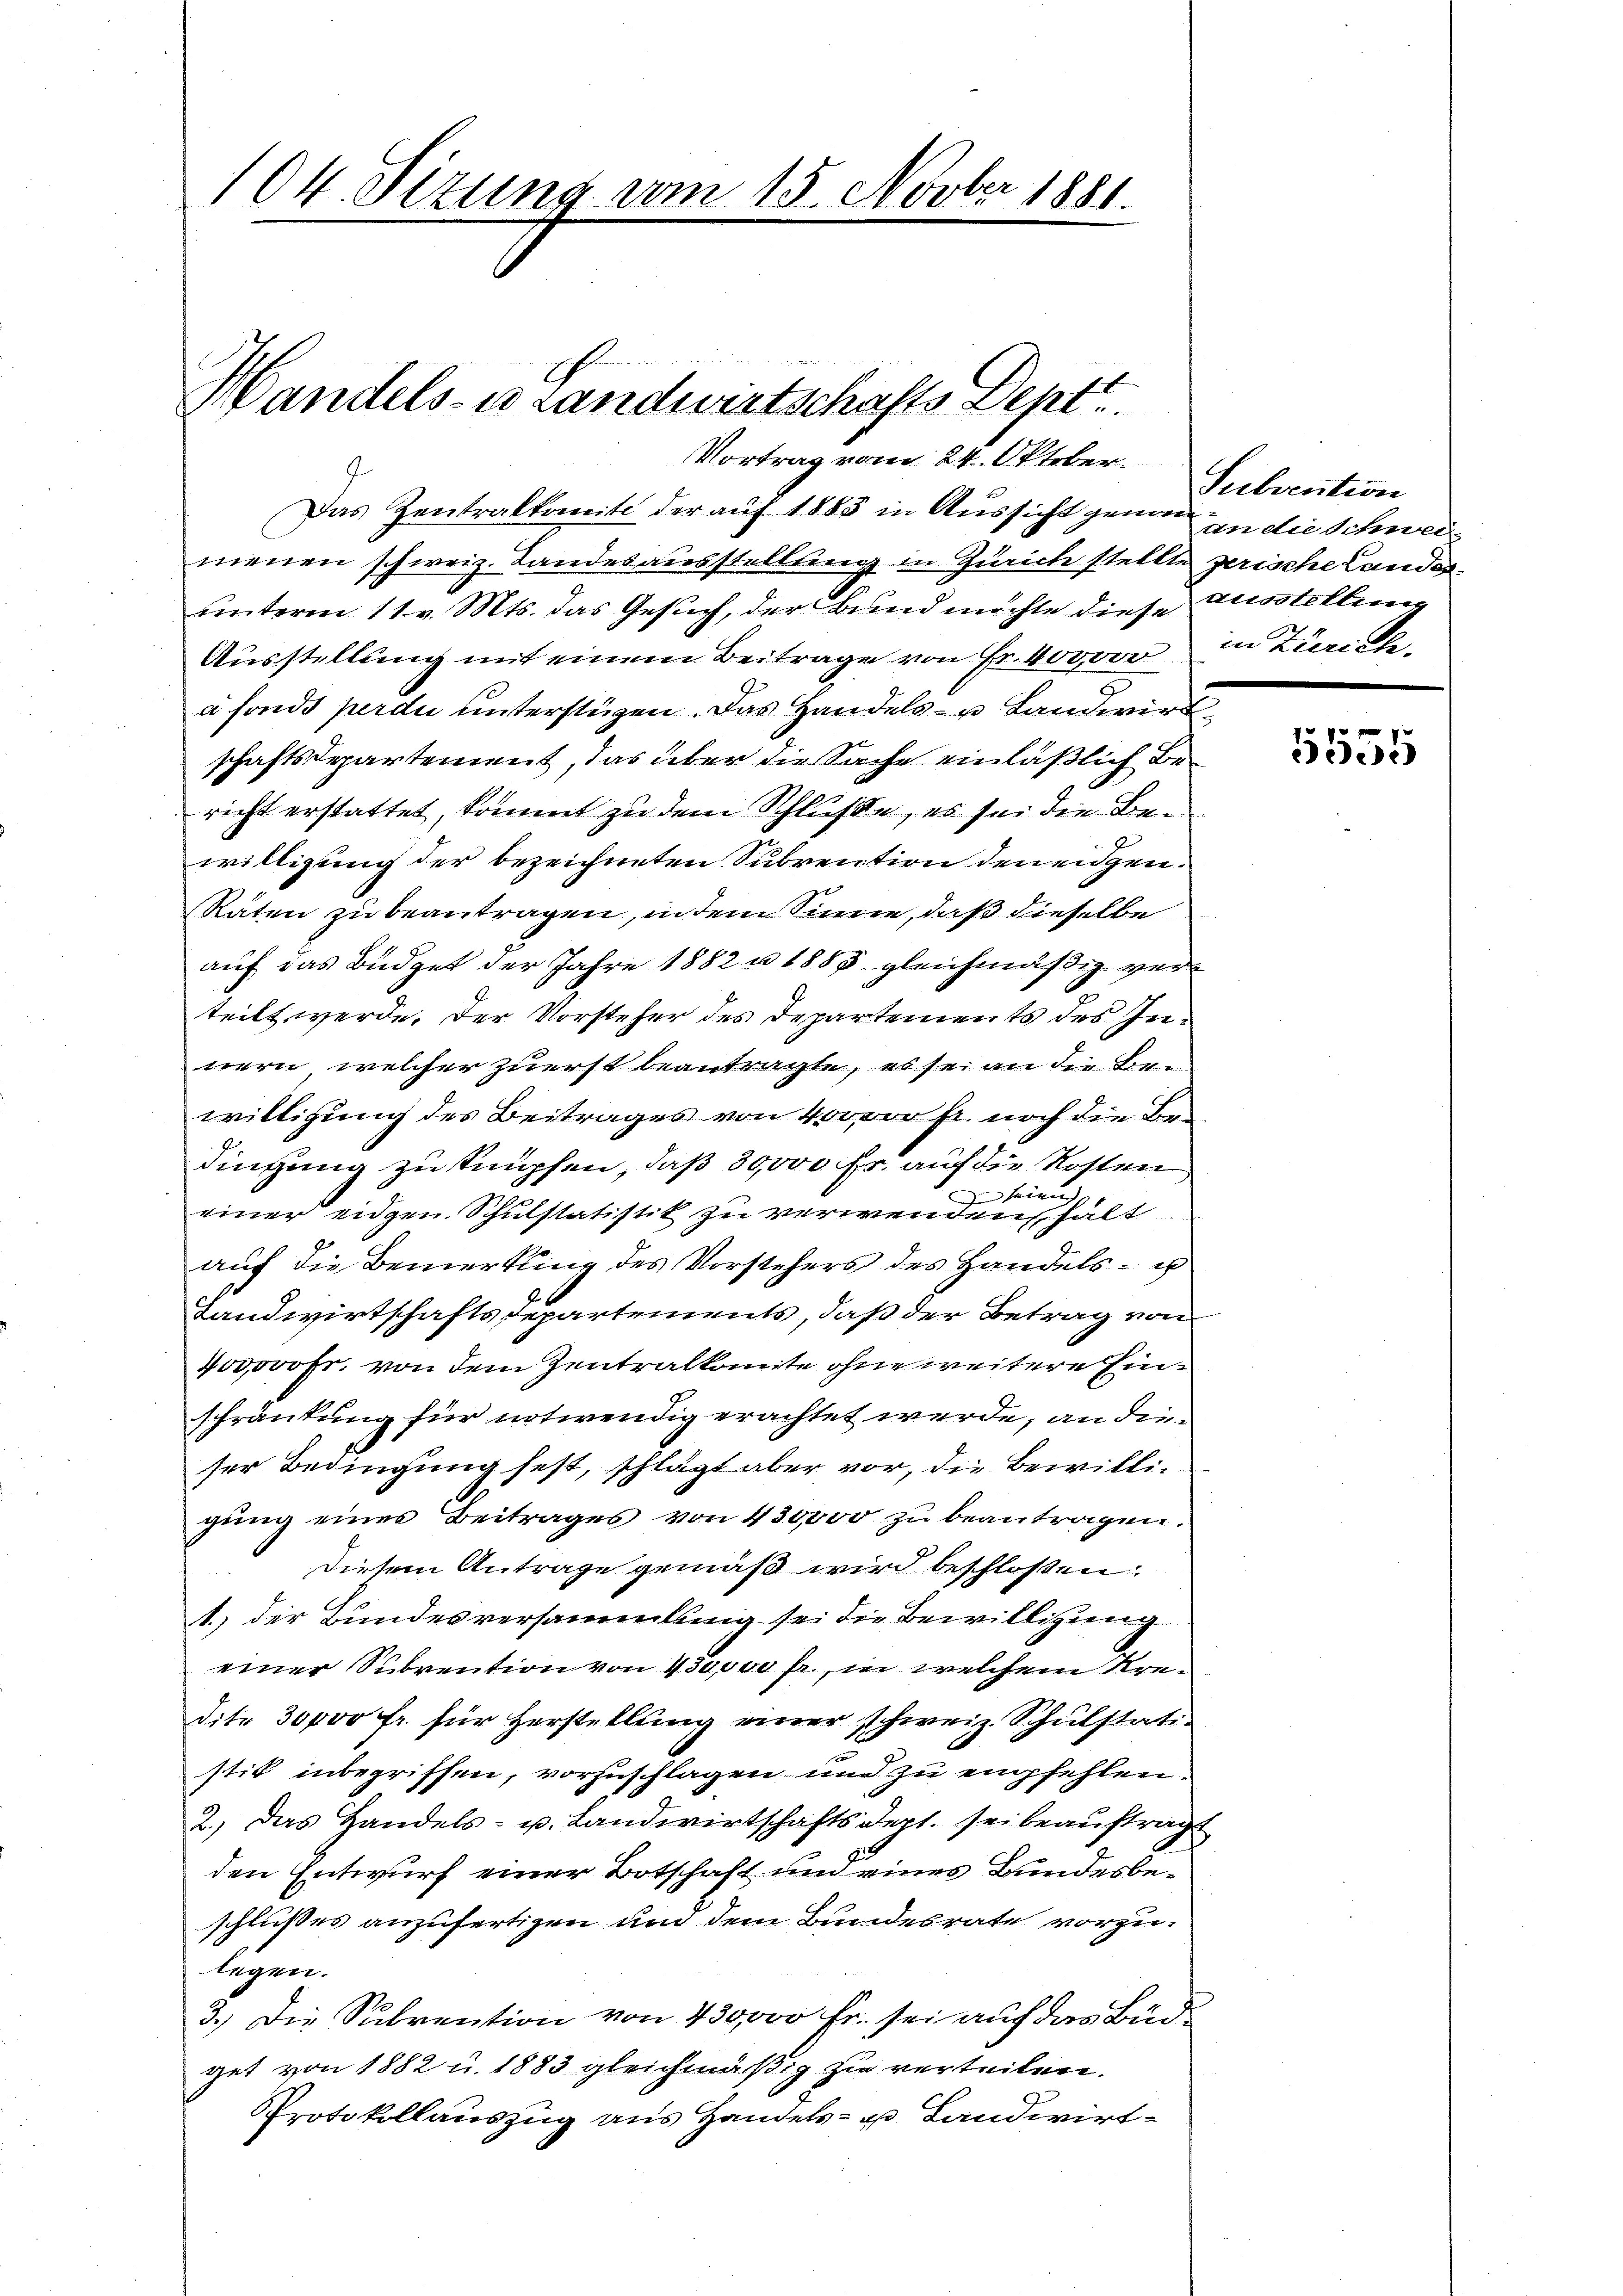
104. Sizung vom 15. Novber 1881

Handels- u Landwirtschafts Dept.
Vortrag vom 24. Oktober.

Das Zentralkomite der auf 1883 in Aussicht genau in die Schweiz
menen schweiz. Landesausstellung in Zürich stellte zerische Landes
unterm 11. v. Mts. das Gesuch, der Bund möchte diese Ausstellen
Ausstellung mit einem Beitrage von Fr. 400,000
a fonds perdu unterstüzen. Das Handels- u Landwirt
schaftsdepartement, das über die Sache einläßlich bericht erstattet, kommt zu dem Schluße, es sei die Bewilligung der bezeichneten Subvention den eidgen.
Raten zu beantragen, in dem Sinne, daß dieselbe
auf das Büdget der Jahre 1882 n 1855 gleichmäßig verteilt werde. Der Vorsteher des Departements des Innern, welcher zuerst beantragte, es sei an die Ben
willigung des Beitrages von 400,000 fr. noch die Bedingung zu sumpfen, daß 30,000 fr. auf die Kosten
zu seien.
einer eidgen. Schulstatistik zu verwenden hält
auf die Bemerkung des Vorstehers des Handels- u
Landwirtschaftsdepartements, daß der Betrag von
400000 Fr. von dem Zentralkomite ohne weitere Einschränkung für notwendig erachtet werde, an dieser Bedingung fest, schlägt aber vor, die Bewilligŭng eines Beitrages von 430,000 zŭ beantragen.
Diesem Antrage gemäß wird beschloßen:
1.) der Bundesversammlung sei die Bewilligung
einer Subvention von 130,000 fr., in welchem Kredite 30000 Fr. für Herstellung einer schweiz. Schulstatistik inbegriffen, vorzuschlagen und zu empfehlen.
2.) Das Handels- u. Landwirtschaftsdept. sei beauftragt
den Entwurf einer Botschaft und eines Bundesbeschlußes anzufertigen und dem Bundesrate vorzulegen.
3.) Die Subvention von 430,000 Fr. sei auf das Büdget von 1882 u. 1883 gleichmäßig zu verteiten,
Protokollauszug aus Handels- u. Landwirt¬

Subvention
in Zürich.

1
3305